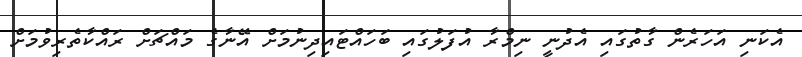
އެކަނި އަހަރެން ގާތުގައި އެދުނީ ނިމްރާ އުފަލުގައި ބަހައްޓައިދިނުމަށް އޭނާގެ މައްޗަށް ރައްކާތެރިވުމަށް